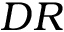
D R